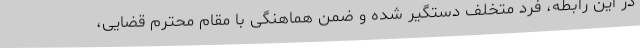
در این رابطه، فرد متخلف دستگیر شده و ضمن هماهنگی با مقام محترم قضایی،